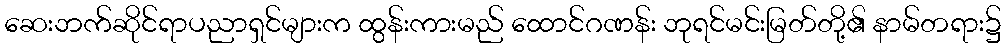
ဆေးဘက်ဆိုင်ရာပညာရှင်များက ထွန်းကားမည် ထောင်ဂဏန်း ဘုရင်မင်းမြတ်တို့၏ နာမ်တရား၌